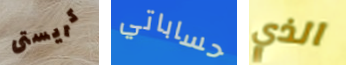
كريستى حساباتي الذي